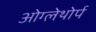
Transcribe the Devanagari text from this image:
ओग्लेथोर्प